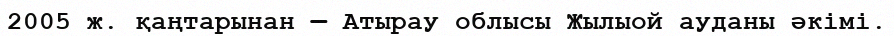
2005 ж. қаңтарынан — Атырау облысы Жылыой ауданы әкімі.